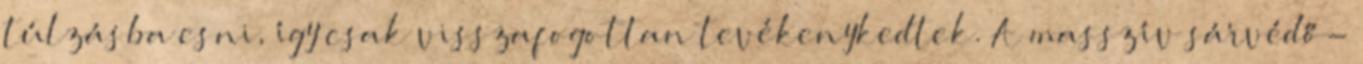
túlzásba esni, így csak visszafogottan tevékenykedtek. A masszív sárvédő-